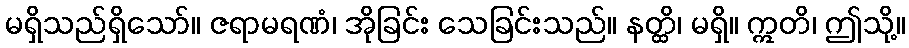
မရှိသည်ရှိသော်။ ဇရာမရဏံ၊ အိုခြင်း သေခြင်းသည်။ နတ္ထိ၊ မရှိ။ ဣတိ၊ ဤသို့။